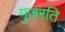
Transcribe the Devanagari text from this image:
गुजरति